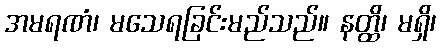
အမရဏံ၊ မသေရခြင်းမည်သည်။ နတ္ထိ၊ မရှိ၊